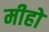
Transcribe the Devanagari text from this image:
मीहो